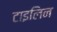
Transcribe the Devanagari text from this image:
टाइलिन